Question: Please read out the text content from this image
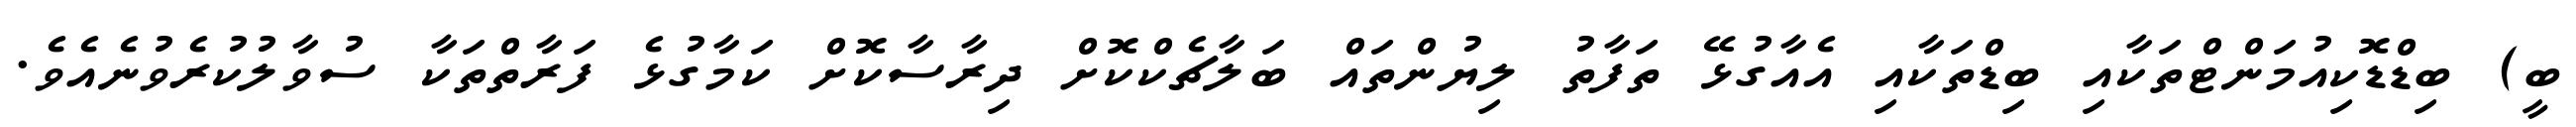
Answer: ބީ) ބިޑްޑޮކިއުމަންޓްތަކާއި ބިޑްތަކާއި އެއާގުޅޭ ތަފާތު ލިޔުންތައް ބަލާޗެކްކޮށް ދިރާސާކޮށް ކަމާގުޅެ ފަރާތްތަކާ ސުވާލުކުރެވުނެއެވެ.